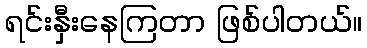
ရင်းနှီးနေကြတာ ဖြစ်ပါတယ်။